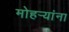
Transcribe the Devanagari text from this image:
मोहऱ्यांना